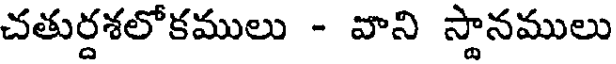
చతుర్దశలోకములు - వాని స్థానములు